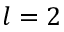
l = 2